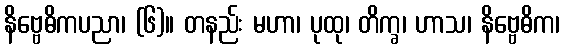
နိဗ္ဗေဓိကပညာ၊ (၆)။ တနည်း မဟာ၊ ပုထု၊ တိက္ခ၊ ဟာသ၊ နိဗ္ဗေဓိက၊